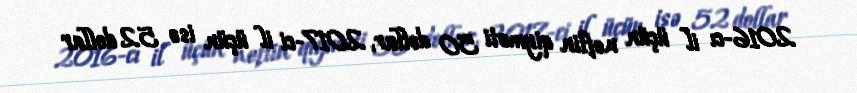
2016-cı il üçün neftin qiyməti 50 dollar, 2017-ci il üçün isə 52 dollar